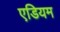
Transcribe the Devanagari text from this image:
एडियम